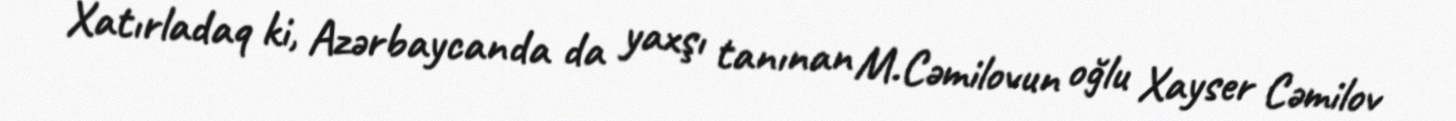
Xatırladaq ki, Azərbaycanda da yaxşı tanınan M.Cəmilovun oğlu Xayser Cəmilov